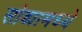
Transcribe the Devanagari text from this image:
सोड्यामध्ये